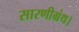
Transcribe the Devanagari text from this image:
सारणीग्रंथ।